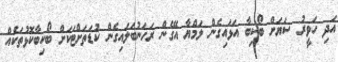
އަދި ހަވީރު ސަޔަށް ބޯކިބާ އަޅައިގެން ލަމްޔާ އޭގެން ރަހަނުބަލައިގެން ކުޑަތަށްޓަކަށް ބޯކިބާކޮޅުތަކެއް